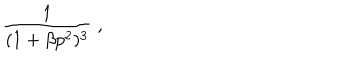
\frac { 1 } { ( 1 + \beta p ^ { 2 } ) ^ { 3 } } \; ,